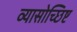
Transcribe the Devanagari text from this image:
व्यासोच्छिष्ट